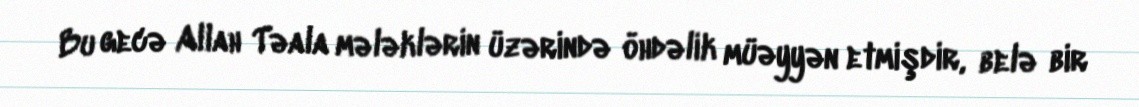
Bu gecə Allah Təala mələklərin üzərində öhdəlik müəyyən etmişdir, belə bir